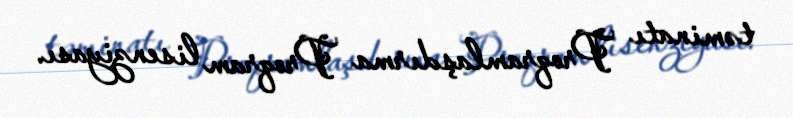
təminatı Proqramlaşdırma Proqram lisenziyası.